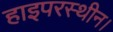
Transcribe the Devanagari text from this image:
हाइपरस्थीन।